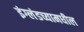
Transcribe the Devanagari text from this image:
इंग्लंडच्यामधील